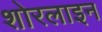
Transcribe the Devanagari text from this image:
शोरलाइन